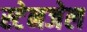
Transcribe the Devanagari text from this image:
स्टेनजेल